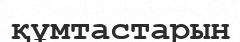
құмтастарын